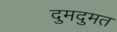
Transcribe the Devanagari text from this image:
दुमदुमत